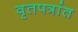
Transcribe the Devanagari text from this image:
वृतपत्रांत